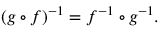
( g \circ f ) ^ { - 1 } = f ^ { - 1 } \circ g ^ { - 1 } .